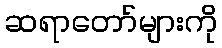
ဆရာတော်များကို